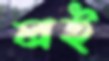
লই